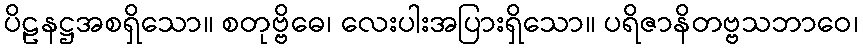
ပိဠနဋ္ဌအစရှိသော။ စတုဗ္ဗိဓေ၊ လေးပါးအပြားရှိသော။ ပရိဇာနိတဗ္ဗသဘာဝေ၊